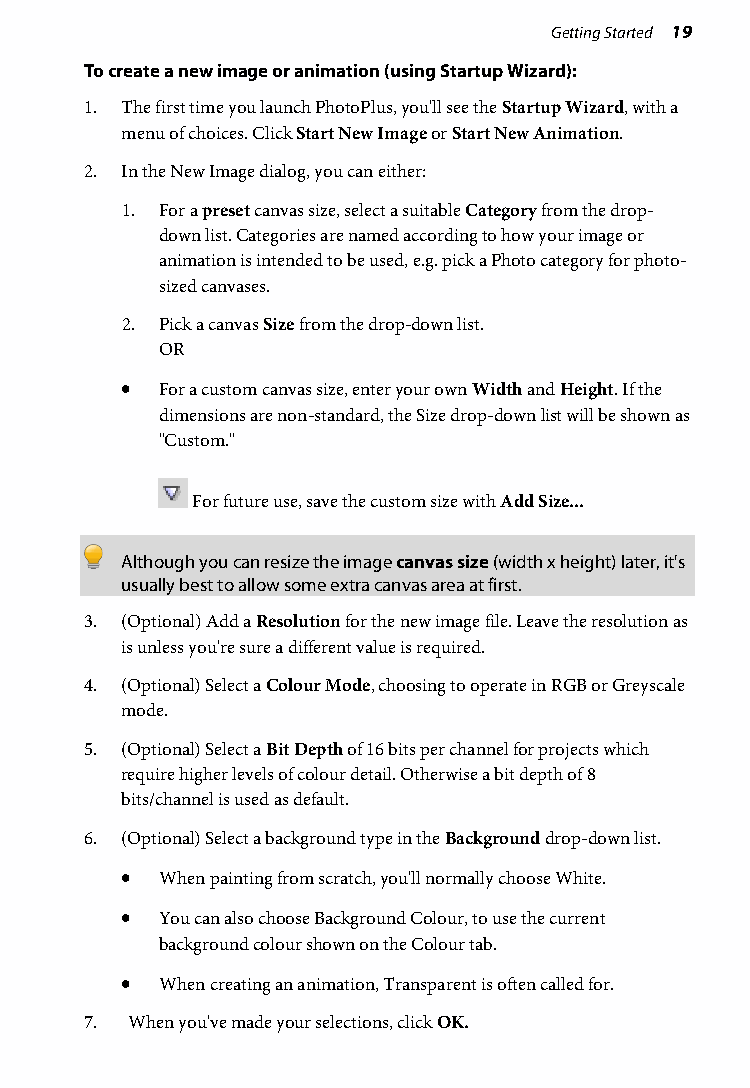
Getting Started 19
 To create a new image or animation (using Startup Wizard):
 1. The first time you launch PhotoPlus, you'll see the Startup Wizard, with a
 menu of choices. Click Start New Image or Start New Animation.
 2. In the New Image dialog, you can either:
 1. For a preset canvas size, select a suitable Category from the drop-
 down list. Categories are named according to how your image or
 animation is intended to be used, e.g. pick a Photo category for photo-
 sized canvases.
 2. Pick a canvas Size from the drop-down list.
 OR
 •  For a custom canvas size, enter your own Width and Height. If the
 dimensions are non-standard, the Size drop-down list will be shown as
 "Custom."
 For future use, save the custom size with Add Size...
 Although you can resize the image canvas size (width x height) later, it's
 usually best to allow some extra canvas area at first.
 3. (Optional) Add a Resolution for the new image file. Leave the resolution as
 is unless you're sure a different value is required.
 4. (Optional) Select a Colour Mode, choosing to operate in RGB or Greyscale
 mode.
 5. (Optional) Select a Bit Depth of 16 bits per channel for projects which
 require higher levels of colour detail. Otherwise a bit depth of 8
 bits/channel is used as default.
 6. (Optional) Select a background type in the Background drop-down list.
 •  When painting from scratch, you'll normally choose White.
 •  You can also choose Background Colour, to use the current
 background colour shown on the Colour tab.
 •  When creating an animation, Transparent is often called for.
 7. When you've made your selections, click OK.